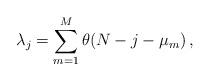
LaTeX: \begin{align*}\lambda_j = \sum_{m=1}^M \theta(N - j - \mu_m) \, ,\end{align*}